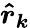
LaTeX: \boldsymbol{{\hat{r}}_{k}}